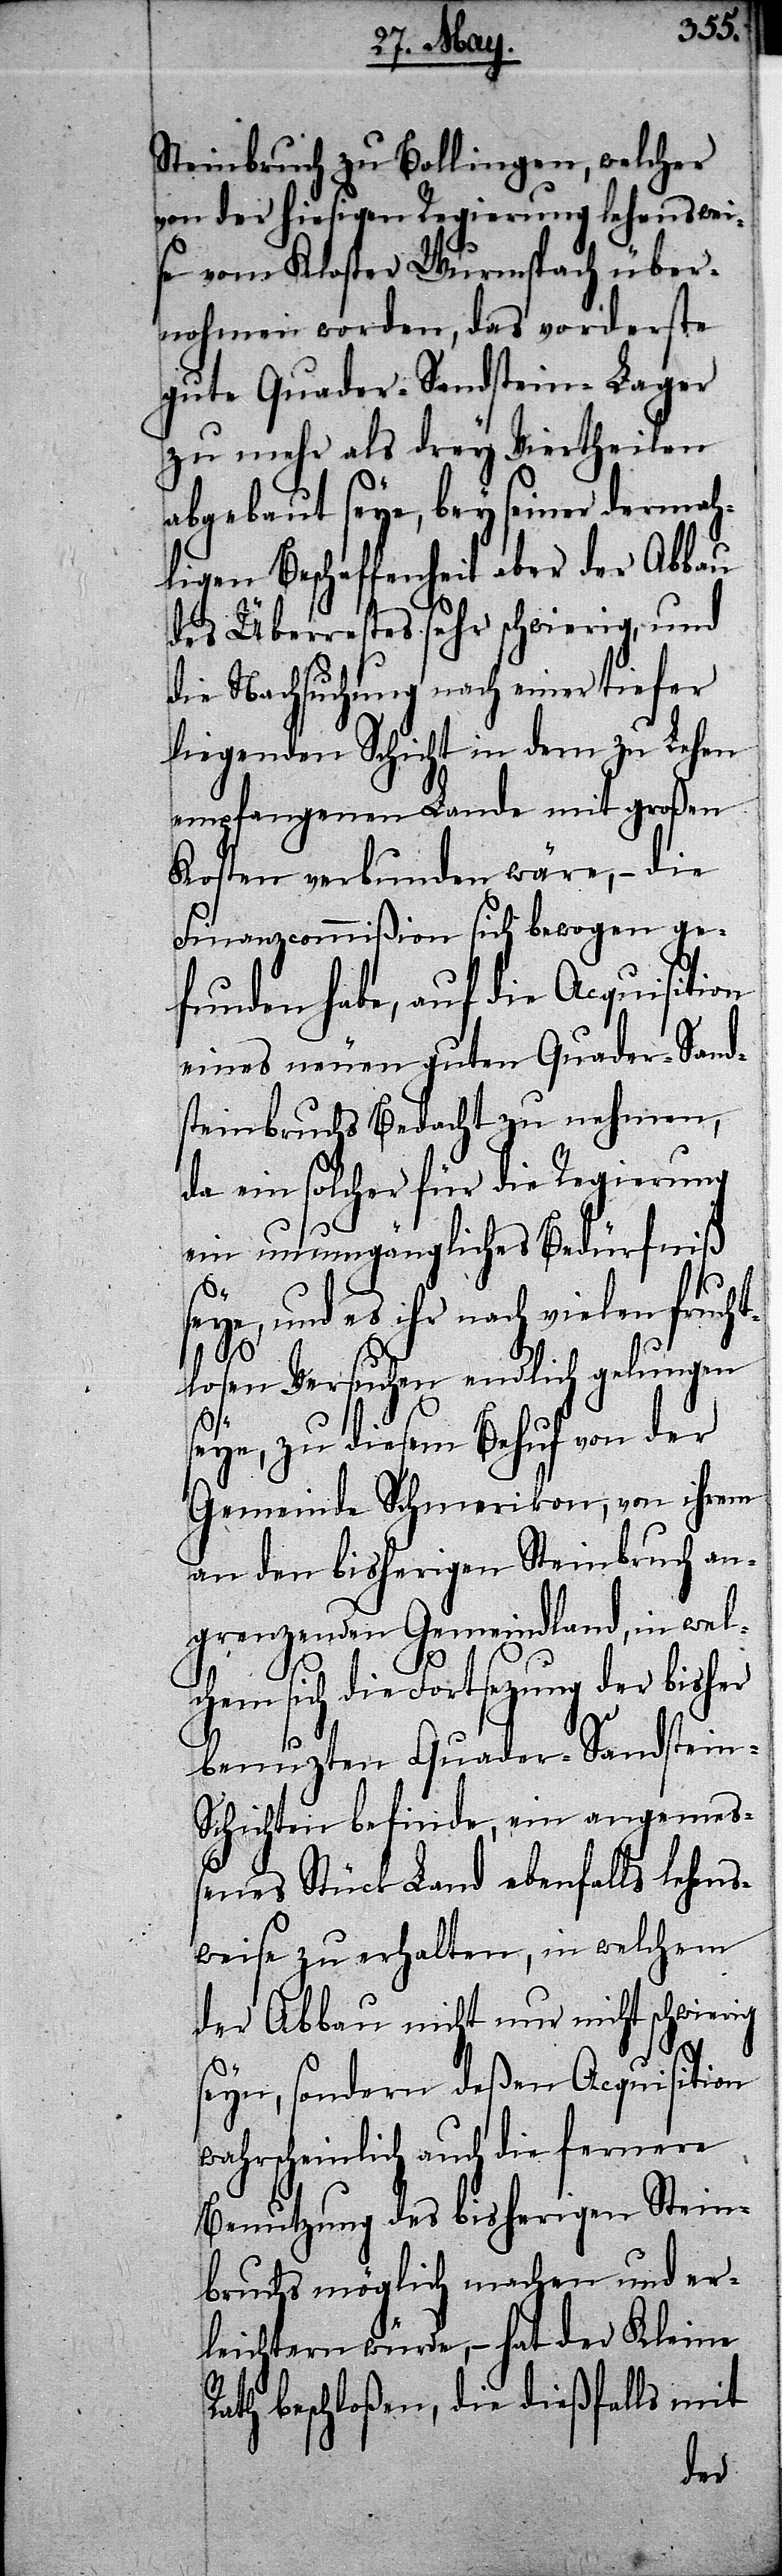
Steinbruch zu Bollingen, wel¬
von der hiesigen Regierung lehe¬
se vom Kloster Wurmspach über¬
nohmen worden, das vorderste
gute Quader-Sandstein-Lager
eilen
zu mehr als drey Vierth¬
abgebaut seye, bey seiner dermah¬
ligen Beschaffenheit aber der Abbau
des Überrestes sehr schwierig, und
die Nachsuchung nach einer tiefer
liegenden Schicht in dem zu Lehen
empfangenen Lande mit großen
Kosten verbunden wäre, – die
Finanzcommißion sich bewogen ge¬
funden habe, auf die Aquisition
eines neuen guten Quader-Sand¬
steinbruchs Bedacht zu nehmen,
ung
da ein solcher für die Regier¬
ein unumgängliches Bedürfniß
seye, und es ihr nach vielen fruc¬
htlosen Versuchen endlich gelungen
seye, zu diesem Behuf von
Gemeinde Schmerikon, von ihrem
an den bisherigen Steinbruch an¬
grenzenden Gemeindland, in wel¬
chem sich die Fortsetzung der bisher
benuzten Quader-Sandstein-S¬
chichten befinde, ein angemeß¬
enes Stück Land ebenfalls lehens¬
weise zu erhalten, in welchem
der Abbau nicht nur nicht schwierig
seyn, sondern deßen Aquisition
wahrscheinlich auch die fernere
Benutzung des bisherigen Stein¬
bruchs möglich machen und er¬
leichtern würde, – hat der Kleine
Rath beschloßen, die dießfalls mit
der